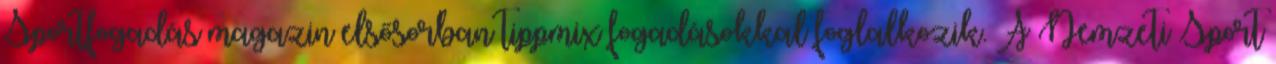
Sportfogadás magazin elsősorban tippmix fogadásokkal foglalkozik. A Nemzeti Sport